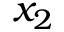
x _ { 2 }